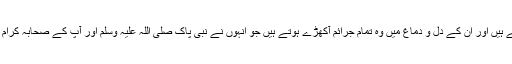
قریش مکہ آپ کے سامنے بیٹھ جاتے ہیں اور اُن کے دِل و دماغ میں وہ تمام جرائم آکھڑے ہوتے ہیں جو اُنہوں نے نبی پاک صلی اللہ علیہ وَسلم اور آپ کے صحابہ کرام رضی اللہ عنہم کے ساتھ کیے تھے۔